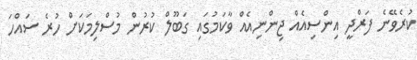
ކުރެވޭނެ ފަރްދީ އިންސިއެއް ޖިންނިއެއް ވާކަމުގައި ގަބޫލް ކުރުން މުސްލިމަކަށް ހުރެ ސައްހަ